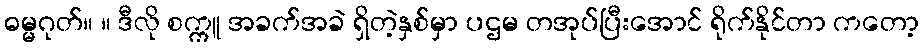
ဓမ္မဂုတ်။ ။ ဒီလို စက္ကူ အခက်အခဲ ရှိတဲ့နှစ်မှာ ပဌမ တအုပ်ပြီးအောင် ရိုက်နိုင်တာ ကတော့